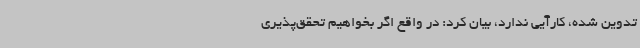
تدوین شده، کارآیی ندارد، بیان کرد: در واقع اگر بخواهیم تحقق‌پذیری